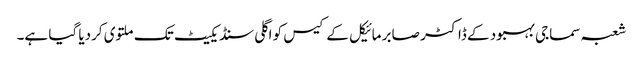
شعبہ سماجی بہبود کے ڈاکٹر صابر مائیکل کے کیس کو اگلی سنڈیکیٹ تک ملتوی کردیا گیا ہے۔